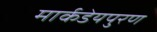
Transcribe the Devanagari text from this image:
मार्कडेयपुरण